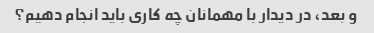
و بعد، در دیدار با مهمانان چه کاری باید انجام دهیم؟